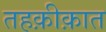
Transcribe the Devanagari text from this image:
तहक़ीक़ात